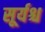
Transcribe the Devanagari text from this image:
सूर्यश्च